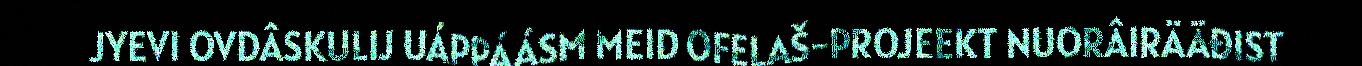
JYEVI OVDÂSKULIJ UÁPPÁÁSM MEID OFELAŠ-PROJEEKT NUORÂIRÄÄĐIST